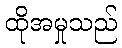
ထိုအမှုသည်